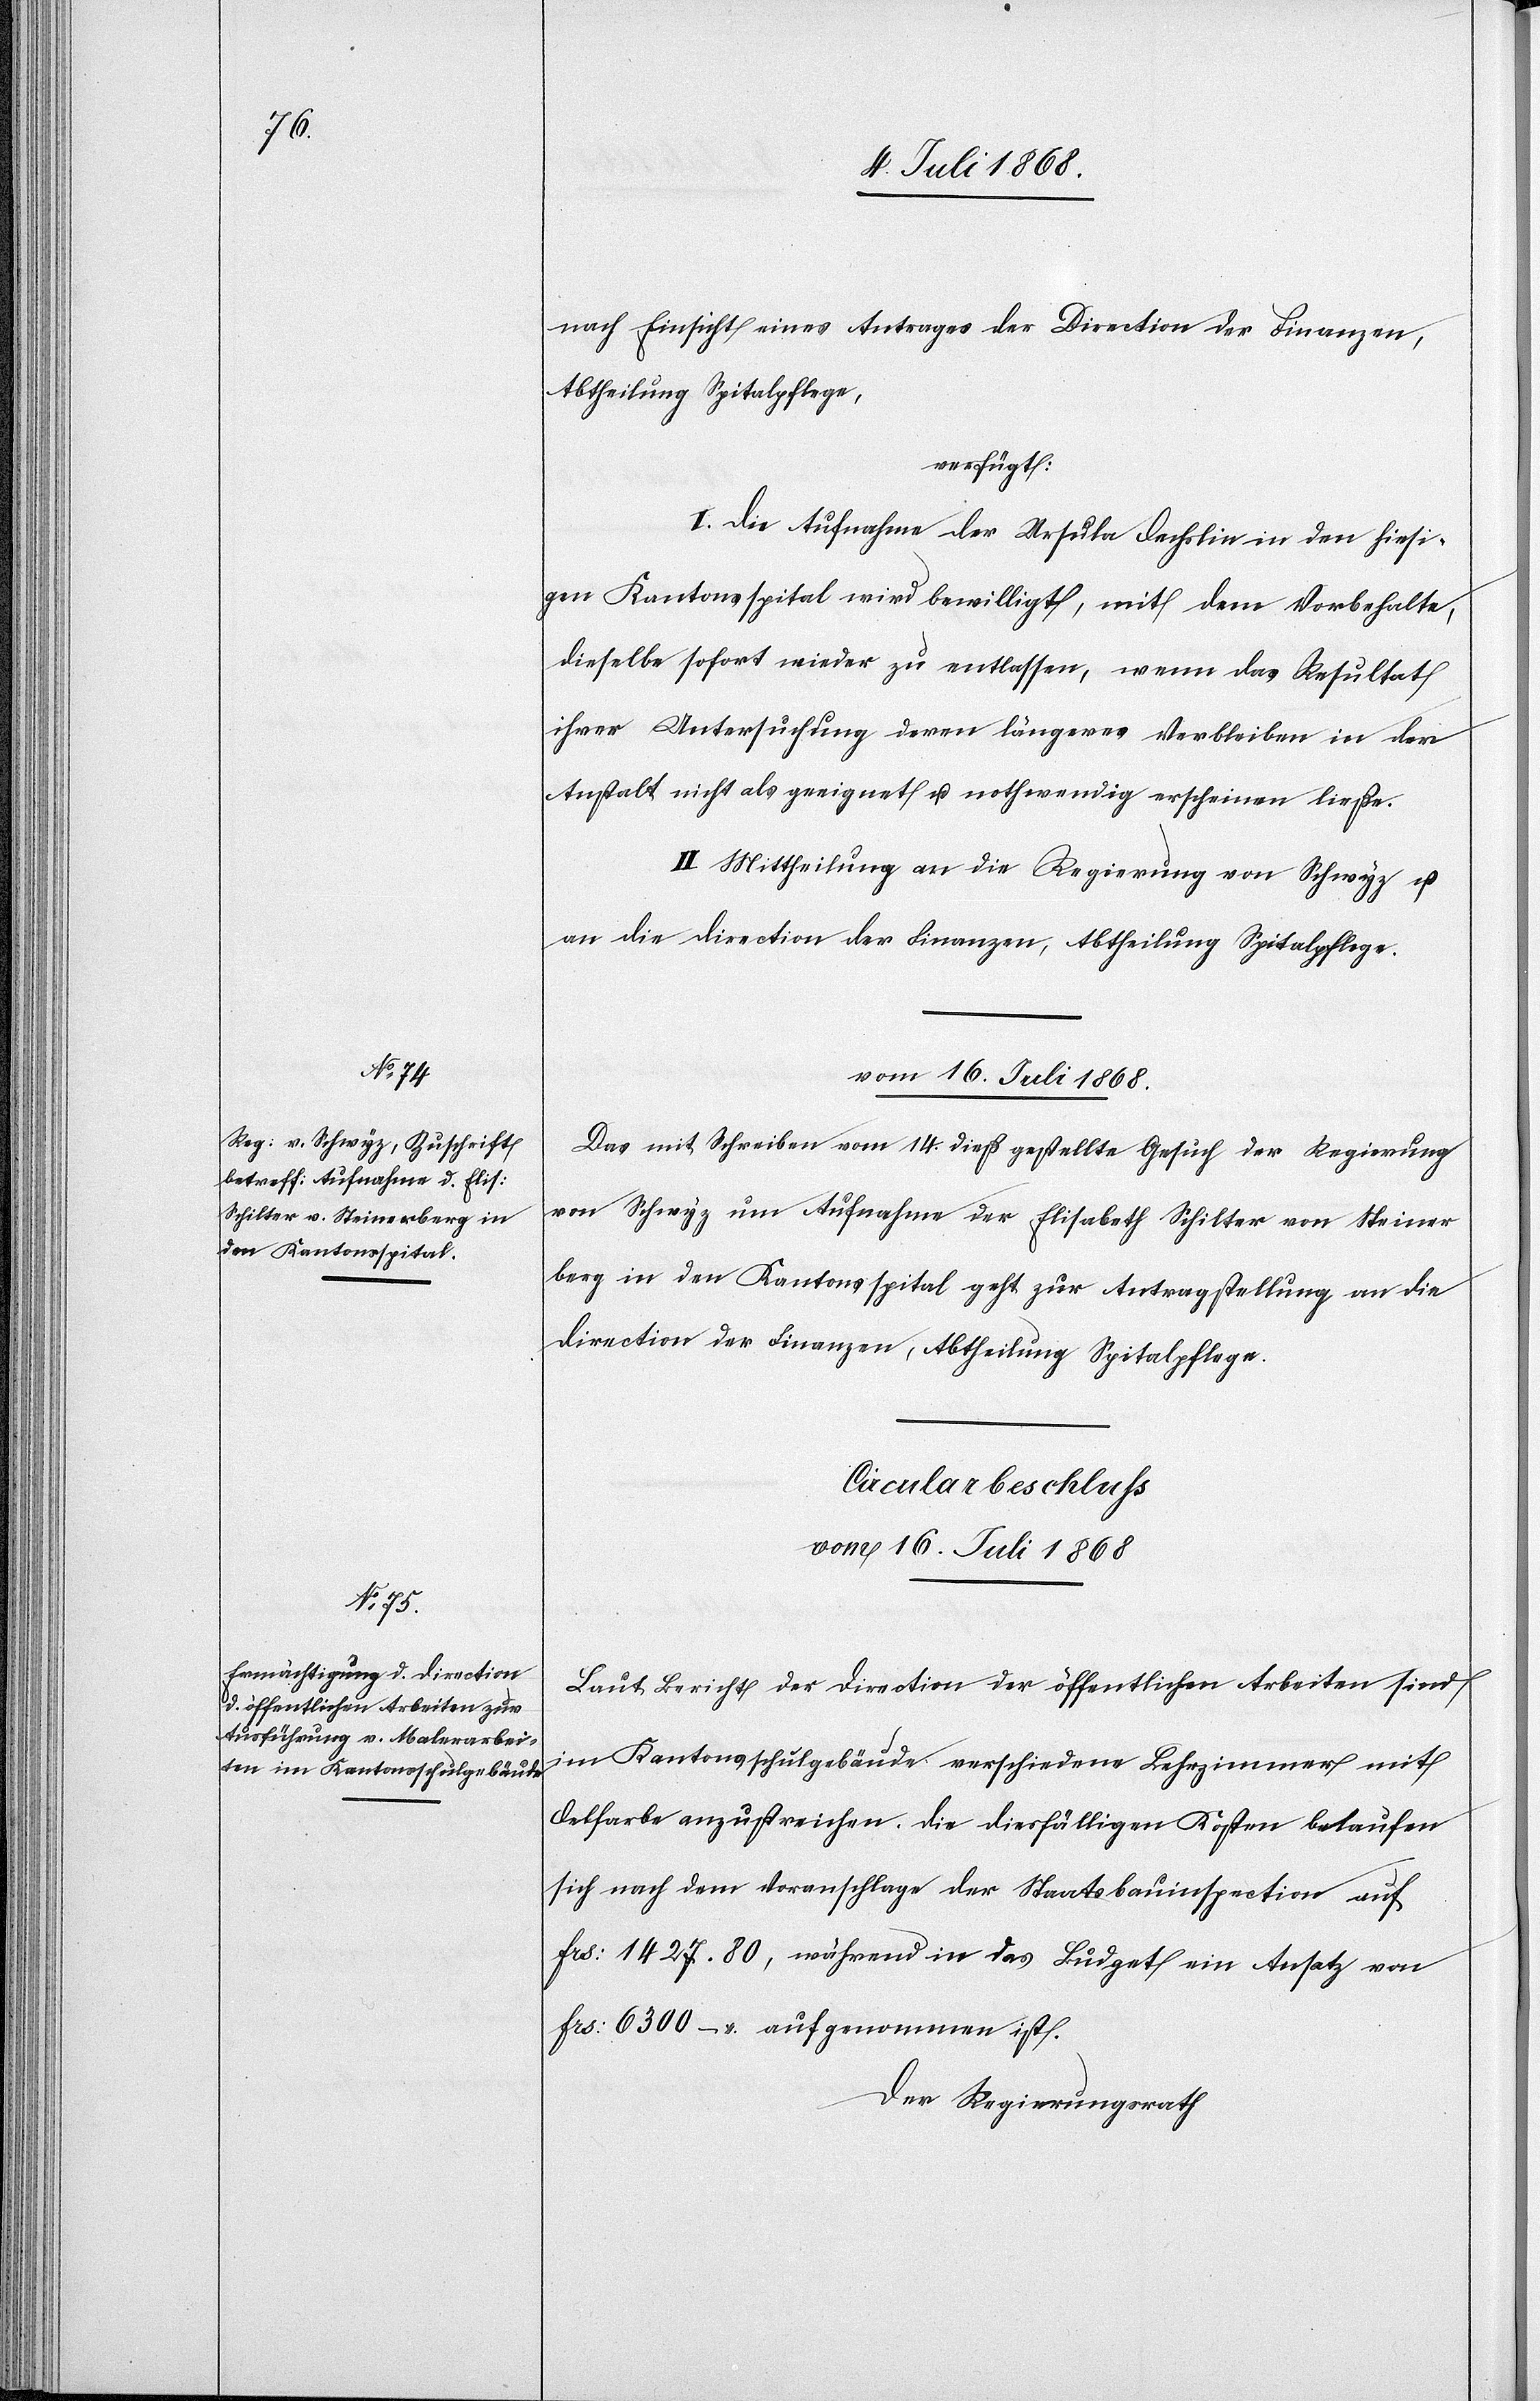
nach Einsicht eines Antrages der Direction der Finanzen,
Abtheilung Spitalpflege,
verfügt:
I. Die Aufnahme der Ursula Oechslin in den hiesi¬
gen Kantonsspital wird bewilligt, mit dem Vorbehalte,
dieselbe sofort wieder zu entlassen, wenn das Resultat
ihrer Untersuchung deren längeres Verbleiben in der
Anstalt nicht als geeignet u. nothwendig erscheinen ließe.
II. Mittheilung an die Regierung von Schwyz u.
an die Direction der Finanzen, Abtheilung Spitalpflege.
vom 16. Juli 1868
Das mit Schreiben vom 14. dieß gestellte Gesuch der Regierung
von Schwyz um Aufnahme der Elisabeth Schilter von Steiner¬
berg in den Kantonsspital geht zur Antragstellung an die
Direction der Finanzen, Abtheilung Spitalpflege.
Circularbeschluss
Laut Bericht der Direction der öffentlichen Arbeiten sind
im Kantonsschulgebäude verschiedene Lehrzimmer mit
Oelfarbe anzustreichen. Die diesfälligen Kosten belaufen
sich nach dem Voranschlage der Staatsbauinspection auf
Frs: 1427. 80, während in das Budget ein Ansatz von
Frs: 6300 – aufgenommen ist.
Der Regierungsrath